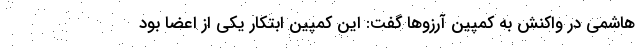
هاشمی در واکنش به کمپین آرزوها گفت: این کمپین ابتکار یکی از اعضا بود